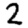
Digit: 2